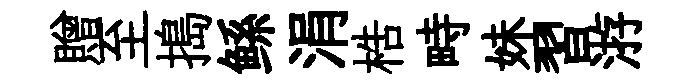
贈至搗鲧涓梏畤妹習㳺